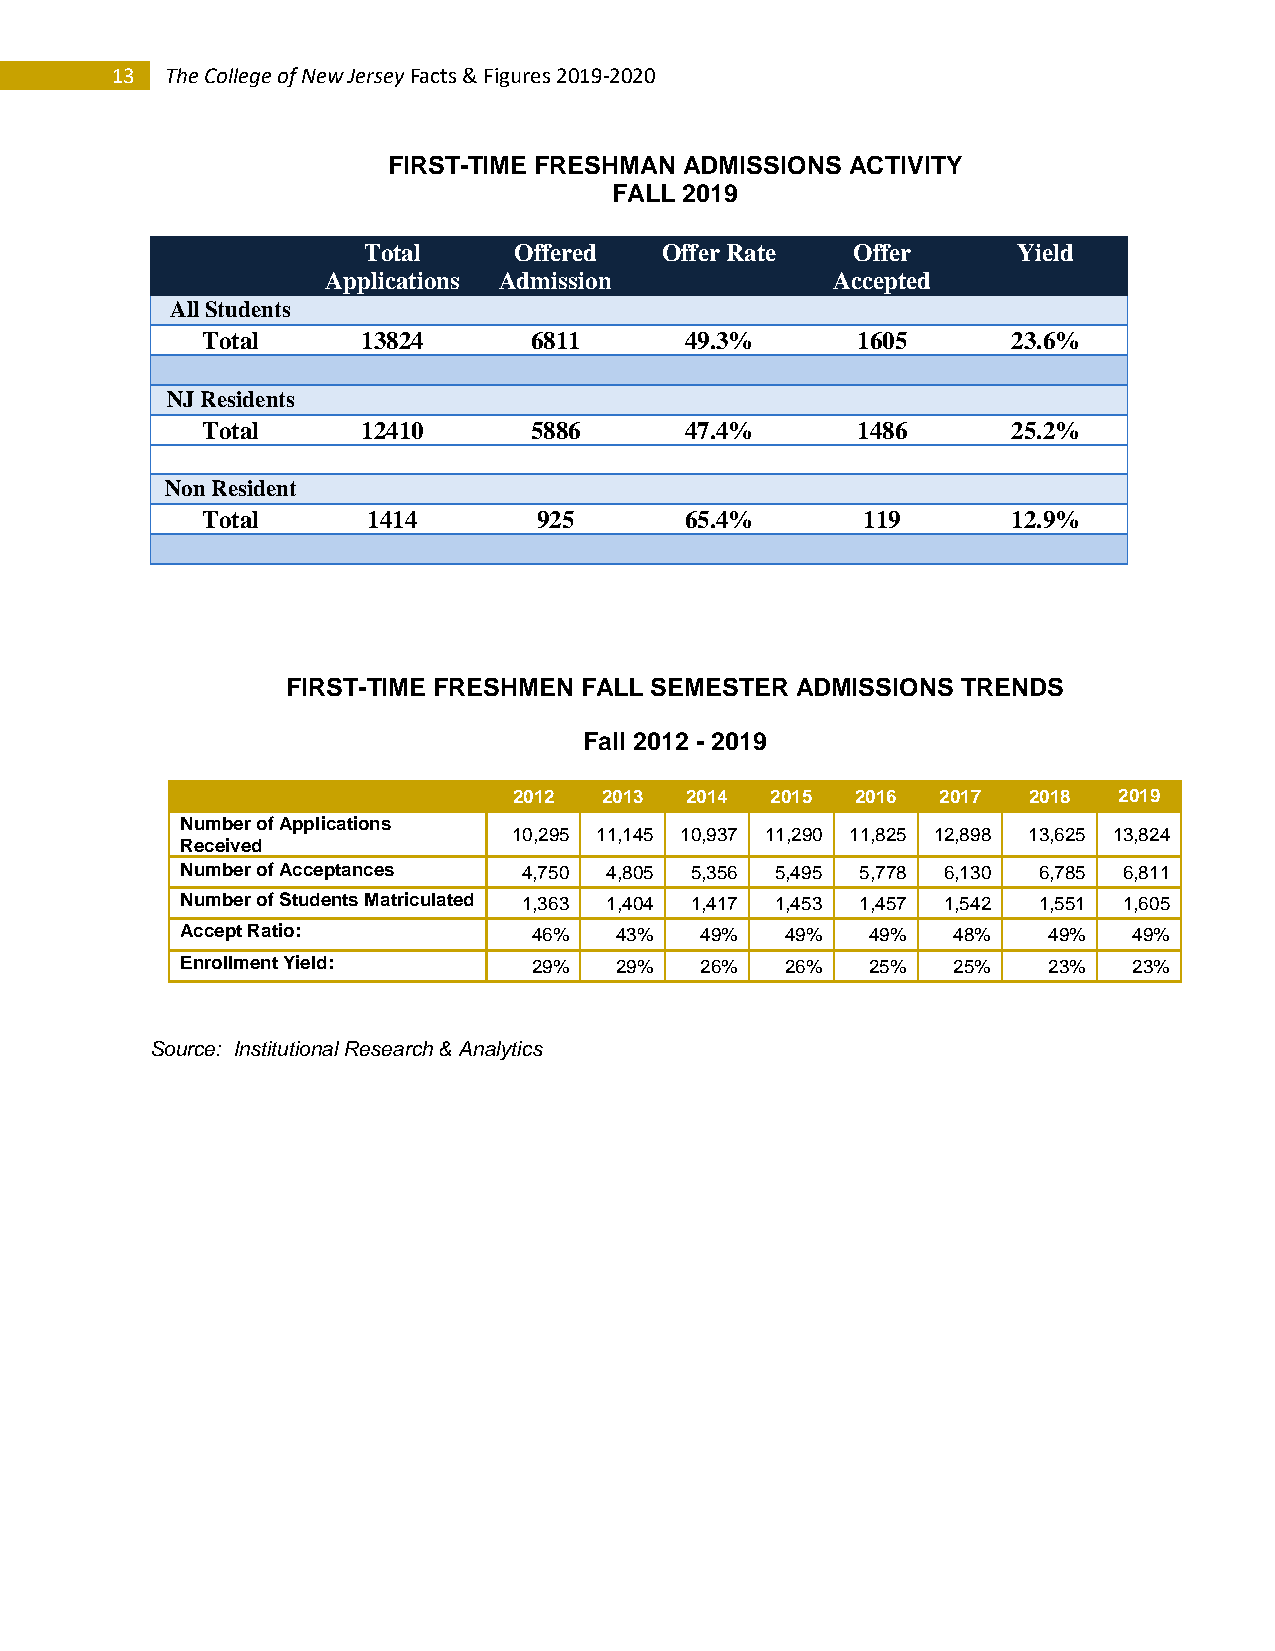
13  The College of New Jersey Facts & Figures 2019-2020
 FIRST-TIME FRESHMAN ADMISSIONS ACTIVITY
 FALL 2019
 Total     Offered   Offer Rate  Offer      Yield
 Applications Admission           Accepted
 All Students
 Total      13824      6811      49.3%       1605      23.6%
 NJ Residents
 Total      12410      5886      47.4%       1486      25.2%
 Non Resident
 Total      1414        925      65.4%       119       12.9%
 FIRST-TIME FRESHMEN FALL SEMESTER ADMISSIONS TRENDS
 Fall 2012 - 2019
 2012  2013 2014  2015  2016 2017  2018  2019
 Number of Applications
 10,295 11,145 10,937 11,290 11,825 12,898 13,625 13,824
 Received
 Number of Acceptances  4,750 4,805 5,356 5,495 5,778 6,130 6,785 6,811
 Number of Students Matriculated 1,363 1,404 1,417 1,453 1,457 1,542 1,551 1,605
 Accept Ratio:          46%   43%  49%   49%   49%  48%   49%   49%
 Enrollment Yield:      29%   29%  26%   26%   25%  25%   23%   23%
 Source: Institutional Research & Analytics